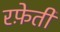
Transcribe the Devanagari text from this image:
रफे़ती